Vaccination in Bombay 1874-1876 - 1874-1876
Year: 1874
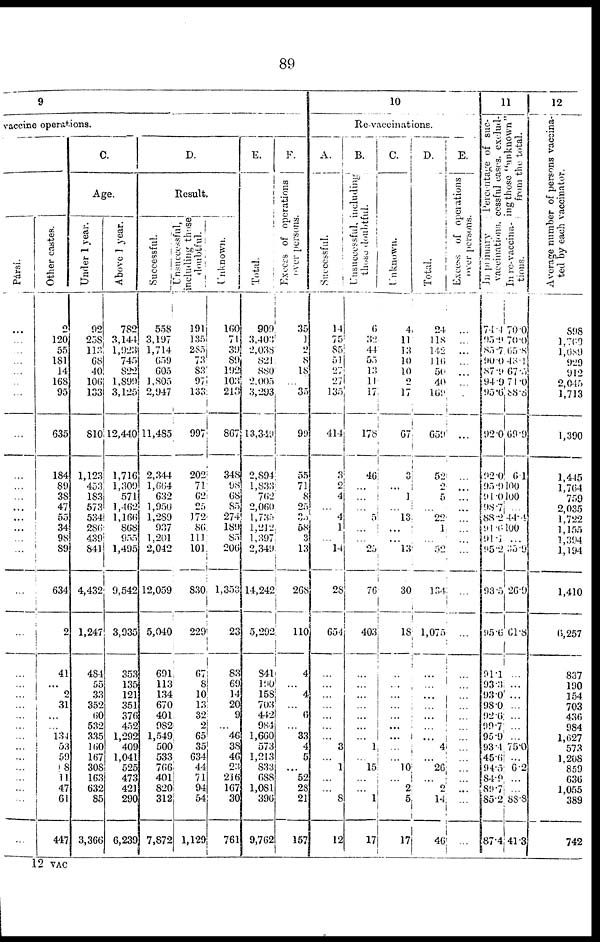
89
9
vaccine operations.
Pársi.
...
...
...
...
...
...
...
...
...
...
...
...
...
...
...
...
...
...
...
...
...
...
...
...
...
...
...
...
...
...
...
...
Other castes.
2
120
55
181
14
168
95
635
184
89
38
47
55
34
98
89
634
2
41
...
2
31
...
...
134
53
59
18
11
47
61
447
C.
Age.
Under 1 year.
92
258
113
68
40
106
133
810
1,123
453
183
573
534
286
439
841
4,432
1,247
484
55
33
352
60
532
335
160
167
308
163
632
85
3,366
Above 1 year.
782
3,144
1,923
745
822
1,899
3,125
12,440
1,716
1,309
571
1,462
1,166
868
955
1,495
9,542
3,935
353
135
121
351
376
452
1,292
409
1,041
525
473
421
290
6,239
D.
Result.
Successful.
558
3,197
1,714
659
605
1,805
2,947
11,485
2,344
1,664
632
1,950
1,289
937
1,201
2,042
12,059
5,040
691
113
134
670
401
982
1,549
500
533
766
401
820
312
7,872
Unsuccessful,
including those
doubtful.
191
135
285
73
83
97
133
997
202
71
62
25
172
86
111
101
830
229
67
8
10
13
32
2
65
35
634
44
71
94
54
1,129
Unknown.
160
71
39
89
192
103
213
867
348
98
68
85
274
189
85
206
1,353
23
83
69
14
20
9
... 46
38
46
23
216
167
30
761
E.
Total.
909
3,403
2,038
821
880
2,005
3,293
13,340
2,894
1,833
762
2,060
l,735
1,212
1,397
2,349
14,242
5,292
841
190
158
703
442
984
1,660
573
1,213
833
688
1,081
396
9,762
F.
Excess of operations
over persons.
35
1
2
8
18
...
35
99
55
71
8
25
35
58
3
13
268
110
4
...
4
...
6
...
33
4
5
...
52
28
21
157
10
Re-vaccinations.
A.
Successful.
14
75
85
51
27
27
135
414
3
2
4
...
4
1
...
14
28
654
...
...
...
...
...
...
...
3
...
1
...
...
8
12
B.
Unsuccessful, including
those doubtful.
6
32
44
55
13
11
17
178
46
...
...
...
5
...
...
25
76
403
...
...
...
...
...
...
...
1
...
15
...
...
1
17
C.
Unknown.
4
11
13
10
10
2
17
67
3
...
1
...
13
...
...
13
30
18
...
...
...
...
...
...
...
...
...
10
...
2
5
17
D.
Total.
24
118
142
116
56
40
169
659
52
2
5
...
22
1
...
52
134
1,075
...
...
...
...
...
...
...
4
...
26
...
2
14
46
E.
Excess of operations
over persons.
...
...
...
...
...
...
.
...
...
...
...
...
...
...
...
...
...
...
...
...
...
...
...
...
...
...
...
...
...
...
...
11
Percentage of suc-
cessful cases, exclud-
ing those "unknown"
from the total.
In primary
vaccinations.
74.4
95.9
85.7
90.0
87.9
94.9
95.6
92.0
92.0
95.9
91.0
98.7
88.2
91.6
91.1
95.2
93.5
95.6
91.1
93.3
93.0
98.0
92.6
99.7
95.9
93.1
45.6
94.5
84.9
89.7
85.2
87.4
In re-vaccina-
tions.
70.0
70.0
65.8
43.1
67.5
71.0
88.8
69.9
6.1
100
100
...
44.4
100
...
35.9
26.9
61.8
...
...
...
...
...
...
...
75.0
...
6.2
...
...
88.8
41.3
12
Average number of persons vaccina-
ted by each vaccinator.
898
1,769
1,689
929
912
2,045
1,713
1,390
1,445
1,764
759
2,035
1,722
1,155
1,394
1,194
1,410
6,257
837
190
154
703
436
984
1,627
573
1,208
859
636
1,055
389
742
12 VAC